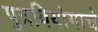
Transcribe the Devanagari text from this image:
पुत्रवियोगाचे